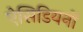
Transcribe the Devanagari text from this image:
ऐसिडियनों